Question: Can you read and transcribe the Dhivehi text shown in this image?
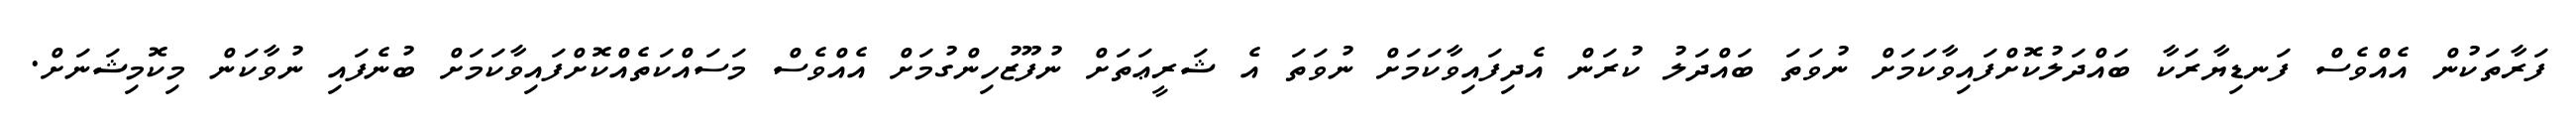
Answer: ފަރާތަކުން އެއްވެސް ފަނޑިޔާރަކާ ބައްދަލުކޮށްފައިވާކަމަށް ނުވަތަ ބައްދަލު ކުރަން އެދިފައިވާކަމަށް ނުވަތަ އެ ޝަރީޢަތަށް ނުފޫޒުހިންގުމަށް އެއްވެސް މަސައްކަތެއްކޮށްފައިވާކަމަށް ބުނެފައި ނުވާކަން މިކޮމިޝަނަށް.